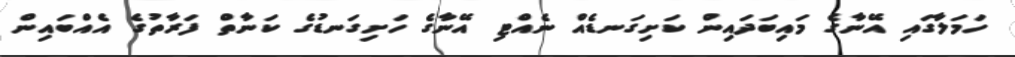
ހަމަލާގައި އޭނާގެ މައިބަދައިން ކަށިގަނޑެއް ނެއްޓި އޭނާގެ ހަށިގަނޑުގެ ކަނާތް ފަރާތުގެ އެއްބައިން